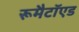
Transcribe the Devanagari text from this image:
रूमैटॉएड